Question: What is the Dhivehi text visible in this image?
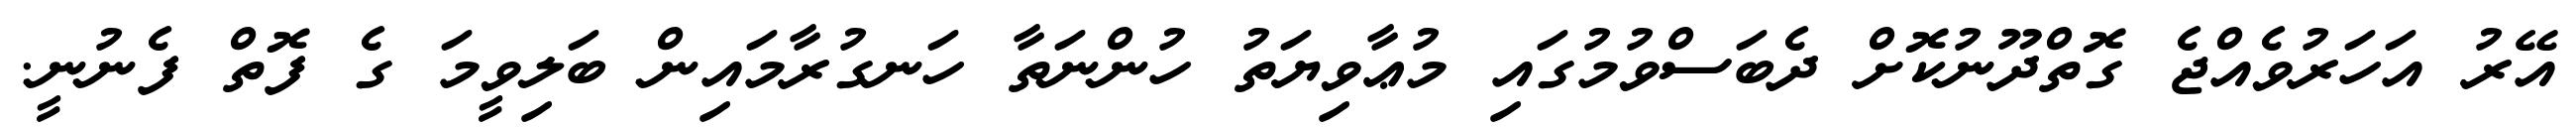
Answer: އޭރު އަހަރުވެއްޖެ ގޮތްދޫނުކޮށް ދެބަސްވުމުގައި މުޢާވިޔަތު ހުންނަތާ ހަނގުރާމައިން ބަލިވީމަ ގެ ފޮތް ފެނުނީ.